Burma Government Medical School reports 1923-41
Year: 1923
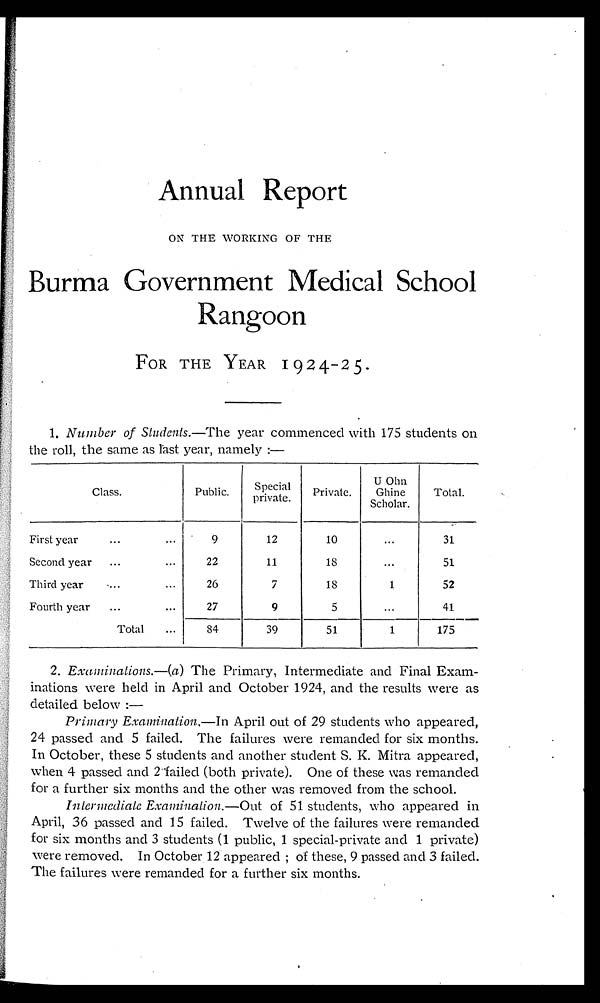
Annual Report
ON THE WORKING OF THE
Burma Government Medical School
Rangoon
FOR THE YEAR 1924-25.
1. Number of Students .—The year commenced with 175 students on
the roll, the same as last year, namely:—
Class.
Public.
Special
private.
Private.
U Ohn
Ghine
Scholar.
Total.
First year . . .
9
12
10
. . .
31
Second year . . .
22
11
18
. . .
51
Third year . . .
26
7
18
1
52
Fourth year . . .
27
9
5
. . .
41
Total . . .
84
39
51
1
175
2. Examinations .—(a ) The Primary, Intermediate and Final Exam
- i n a t i o n s w e r e h e l d i n A p r i l a n d O c t o b e r 1 9 2 4 , a n d t h e r e s u l t s w e r e a s
detailed below:—
Primary Examination.—In April out of 29 students who appeared,
24 passed and 5 failed. The failures were remanded for six months.
In October, these 5 students and another student S. K. Mitra appeared,
when 4 passed and 2 failed (both private). One of these was remanded
for a further six months and the other was removed from the school.
Intermediate Examination .—Out of 51 students, who appeared in
April, 36 passed and 15 failed. Twelve of the failures were remanded
for six months and 3 students (1 public, 1 special-private and 1 private)
were removed. In October 12 appeared; of these, 9 passed and 3 failed.
The failures were remanded for a further six months.